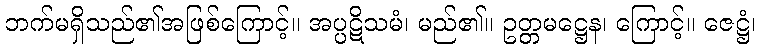
ဘက်မရှိသည်၏အဖြစ်ကြောင့်။ အပ္ပဋိသမံ၊ မည်၏။ ဥတ္တမဋ္ဌေန၊ ကြောင့်။ ဇေဋ္ဌံ၊